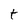
Character: t